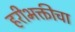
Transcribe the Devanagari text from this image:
हरीभक्तीचा